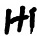
1 + 1